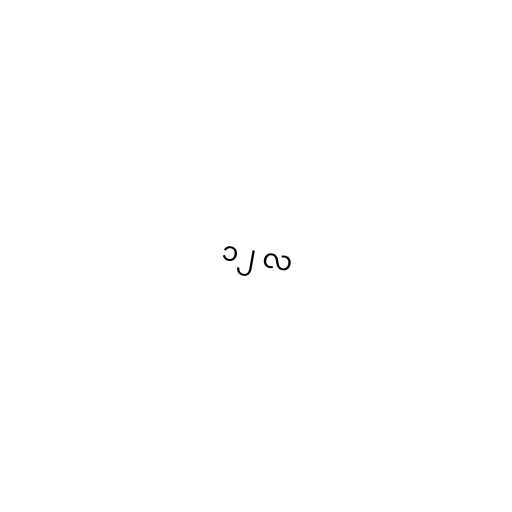
၁၂ လ